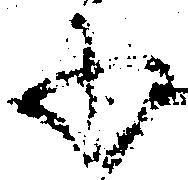
承